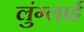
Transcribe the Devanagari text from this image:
लुंग्लाई